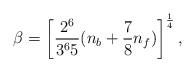
LaTeX: \begin{align*}\beta = \left[{2^6\over 3^6 5}(n_b + {7\over 8}n_f)\right]^{1\over 4}, \end{align*}